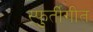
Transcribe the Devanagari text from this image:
स्फुर्तीगीत